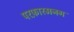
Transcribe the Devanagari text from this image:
परफ़ारमनग